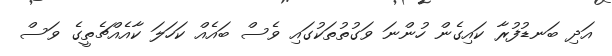
އަދި ބަނޑުފުރާ ކައިގެން ހުންނަ ވަގުތުތަކުގައި ވެސް ބައެއް ކަހަލަ ކާއެއްޗެތީގެ ވަސް